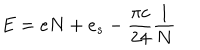
LaTeX: E = e N + e _ { s } - \frac { \pi c } { 2 4 } \frac { 1 } { N }